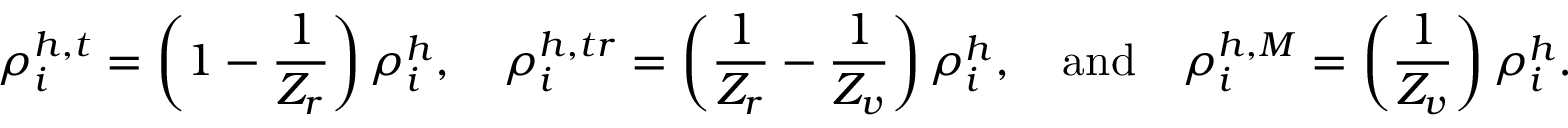
\rho _ { i } ^ { h , t } = \left( 1 - \frac { 1 } { Z _ { r } } \right) \rho _ { i } ^ { h } , \quad \rho _ { i } ^ { h , t r } = \left( \frac { 1 } { Z _ { r } } - \frac { 1 } { Z _ { v } } \right) \rho _ { i } ^ { h } , \quad \mathrm { { a n d } } \quad \rho _ { i } ^ { h , M } = \left( \frac { 1 } { Z _ { v } } \right) \rho _ { i } ^ { h } .